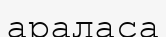
араласа